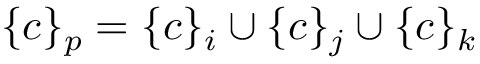
\{ c \} _ { p } = \{ c \} _ { i } \cup \{ c \} _ { j } \cup \{ c \} _ { k }